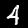
Label: 4